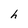
Character: h